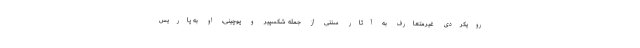
رویکردی غیرمتعارف به آثار سنتی از جمله شکسپیر و پوچینی، او به پاریس